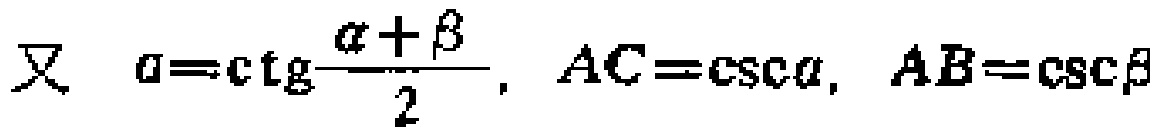
又 \(a = \mathrm{ctg}\frac{\alpha+\beta}{2}, AC=\csc\alpha, AB = \csc\beta\)